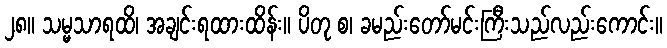
၂၈။ သမ္မသာရထိ၊ အချင်းရထားထိန်း။ ပိတု စ၊ ခမည်းတော်မင်းကြီးသည်လည်းကောင်း။